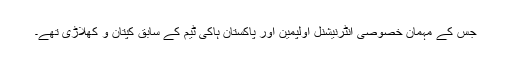
جس کے مہمان خصوصی انٹرنیشنل اولپمین اور پاکستان ہاکی ٹیم کے سابق کپتان و کھلاڑی تھے۔